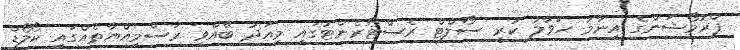
ޕްރޮމޯޝަންގެ އިނާމު ހަވާލު ކުރީ ސޯލްޓް ރެސްޓޯރެންޓުގައި މިއަދު ބޭއްވި ރަސްމިއްޔާތެއްގައި ކޯލޯޑް